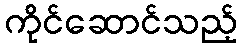
ကိုင်ဆောင်သည့်